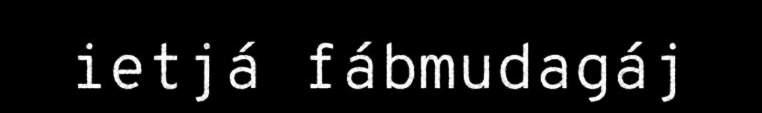
ietjá fábmudagáj